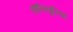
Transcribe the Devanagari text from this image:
पोलियूरिया